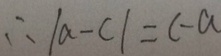
\therefore \vert a - c \vert = c - a